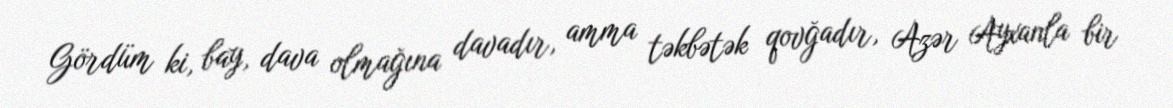
Gördüm ki, bay, dava olmağına davadır, amma təkbətək qovğadır, Azər Ayxanla bir